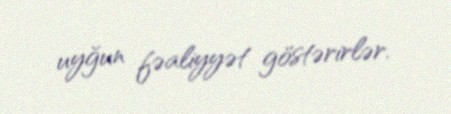
uyğun fəaliyyət göstərirlər.